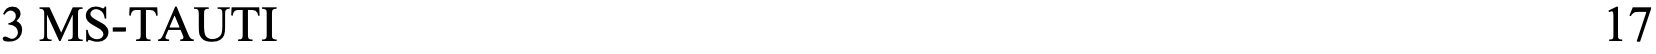
3 MS-TAUTI                                           17